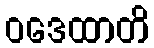
ဝဒေထာတိ